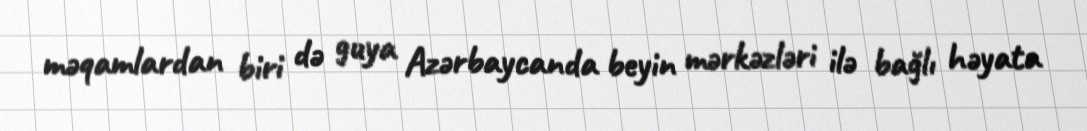
məqamlardan biri də guya Azərbaycanda beyin mərkəzləri ilə bağlı həyata